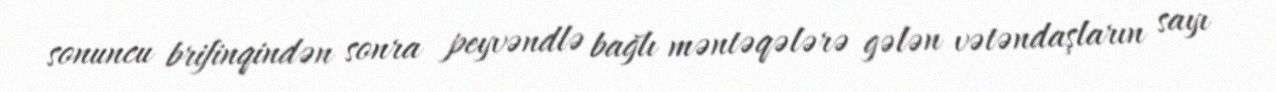
sonuncu brifinqindən sonra peyvəndlə bağlı məntəqələrə gələn vətəndaşların sayı